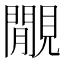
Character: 覵